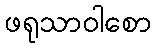
ဖရုသာဝါစော